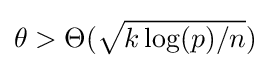
\theta >\Theta ({\sqrt {k\log(p)/n}})